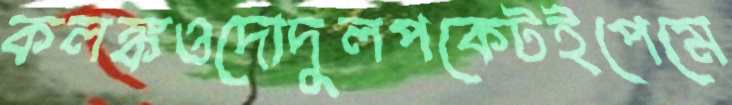
কলঙ্কওদোদুলপকেটইপেমে